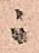
ニ